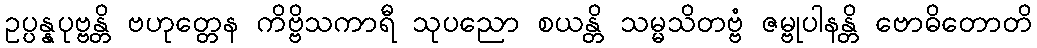
ဥပ္ပန္နပုဗ္ဗန္တိ ဗဟုတ္တေန ကိဗ္ဗိသကာရီ သုပညော စယန္တိ သမ္မသိတဗ္ဗံ ဇမ္ဗုပါနန္တိ ဗောဓိတောတိ